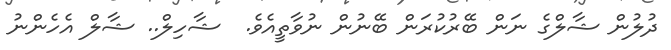
ދުލުން ޝާލްގެ ނަން ބޭރުކުރަން ބޭނުން ނުވާތީއެވެ.  ޝާހިލް.. ޝާލް އެހެންނު